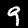
Digit: 9